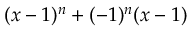
( x - 1 ) ^ { n } + ( - 1 ) ^ { n } ( x - 1 )